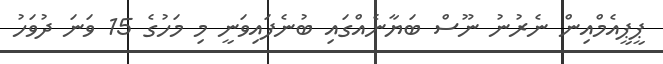
ޕީޕީއެމްއިން ނެރުނު ނޫސް ބަޔާނެއްގައި ބުނެފައިވަނީ މި މަހުގެ 15 ވަނަ ދުވަހު